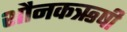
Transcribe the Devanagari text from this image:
शौनकऋषी